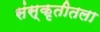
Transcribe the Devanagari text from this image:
संस्कृतीतला